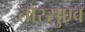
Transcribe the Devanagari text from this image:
तोरसुएव